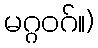
မဂ္ဂဝဂ်။)